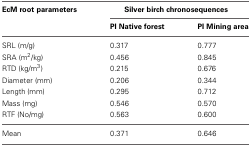
<table><thead><tr><td><b>EcM root parameters</b></td><td colspan="2"><b>Silver birch chronosequences</b></td></tr><tr><td></td><td><b>PI Native forest</b></td><td><b>PI Mining area</b></td></tr></thead><tbody><tr><td>SRL (m/g)</td><td>0.317</td><td>0.777</td></tr><tr><td>SRA (m<sup>2</sup>/kg)</td><td>0.456</td><td>0.845</td></tr><tr><td>RTD (kg/m<sup>3</sup>)</td><td>0.215</td><td>0.676</td></tr><tr><td>Diameter (mm)</td><td>0.206</td><td>0.344</td></tr><tr><td>Length (mm)</td><td>0.295</td><td>0.712</td></tr><tr><td>Mass (mg)</td><td>0.546</td><td>0.570</td></tr><tr><td>RTF (No/mg)</td><td>0.563</td><td>0.600</td></tr><tr><td>Mean</td><td>0.371</td><td>0.646</td></tr></tbody></table>